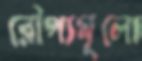
রৌপ্যমূল্যে